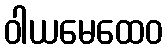
ဝါယမေထေဝ